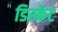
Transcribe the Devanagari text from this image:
डिस्केट